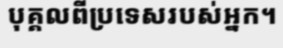
បុគ្គលពីប្រទេសរបស់អ្នក។